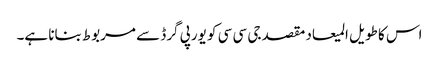
اس کا طویل المیعاد مقصد جی سی سی کو یورپی گرڈ سے مربوط بنانا ہے۔